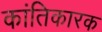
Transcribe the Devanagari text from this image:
कांतिकारक